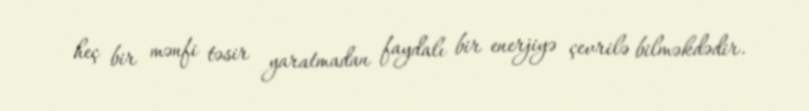
heç bir mənfi təsir yaratmadan faydalı bir enerjiyə çevrilə bilməkdədir.